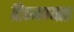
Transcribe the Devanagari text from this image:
टिकवण्यात